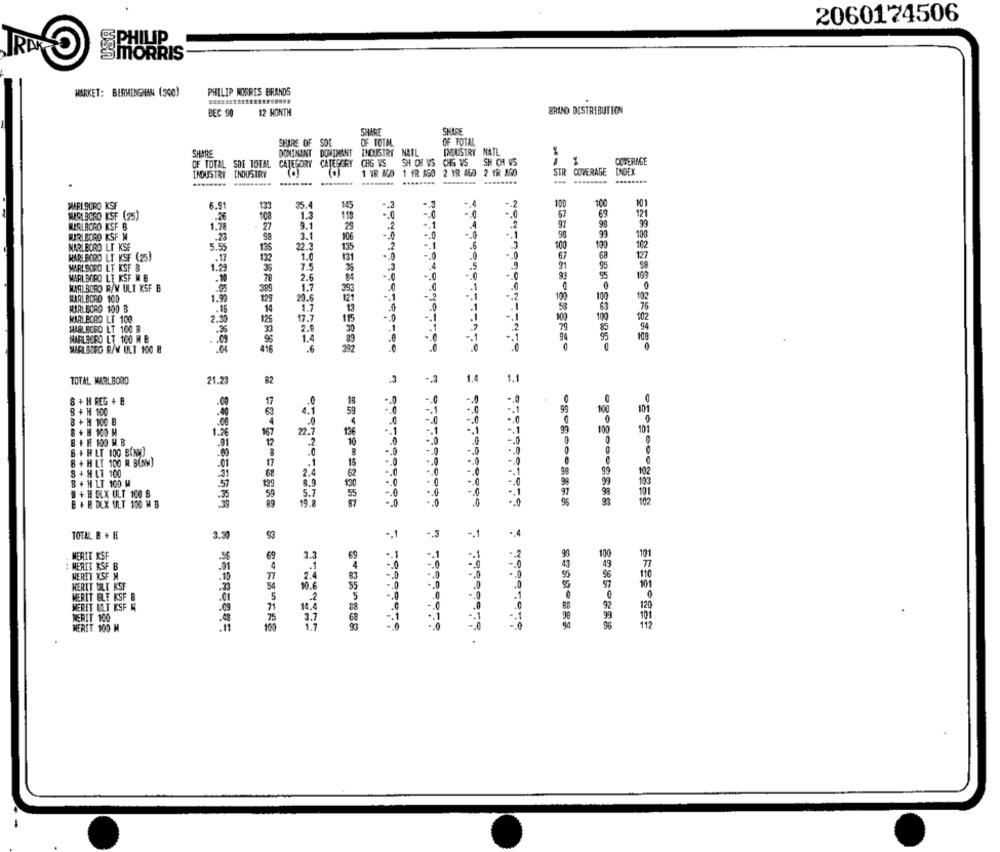
2060174506
PHILIP
IRAK
SMORRIS
MARKET: BIRMINGHAM (300)
PHILIP MORRIS BRANDS
12 MONTH
BRAND DISTRIBUTION
BEC 90
SHAGE
SHIRE
SHARE OF SOL
OF TOTAL
OF TOTAL
SHARE
DOMINANT DOMINANT
THOUSTRY NATL
INDUSTRY NATL
OF TOTAL SDI TOTAL CATEGORY CATEGORY
CHG VS
SH CH US CHG WS
SH CH VS
COVERAGE
1 fR A50 2 YR AGO 2 YR AGO
STR COVERAGE
INGE
INDUSTRY
INDUSTRY
1 YR AGO
MARLBORO KSF
6.91
35.4
14
-. 3
-. J
-1
-. 2
100
100
101
123
67
63
MARLBORO KSF (25)
.26
1.3
119
98
MIALBORO KSF B
1.78
- 27
9.1
29
.. 1
A
97
JURI DORO KSF M
.23
3.1
106
-. 0
-. 0
99
MARLBORO LT KSF
5.55
135
22.3
135
2
.. 1
-6
100
100
.17
132
1.0
.0
-. 0
.0
67
MARLBORO LT KSF (25)
7.5
131
5
MARLBORO LT KSF B
1.2
MARLBORO LE KSF M E
78
2.6
-. 0
-. 0
MARLBORO R/W ULT KSF B
389
1.7
MARLBORO 100
1.99
129
20.6
-. 1
MARLBORO 100 B
14
1.7
.0
MARLECRO LT 100
2.3
126
17.7
HARLECRO LT 100 B
2.8
MARLBORO LT 100 M E
1.4
MARLBORO R/W ULT 100 8
41€
392
TOTAL MARLBORO
21.23
82
1.4
8 + H REG + B
.09
& + H 100
1.1
B + H 100 B
.0
B + H 100 M
1.26
167
22.7
100
101
B + H 100 M B
.01
12
.2
B + HLT 100 BINW)
B + H LT 100 M B(NW)
8 + H LT 100
2.4
B + H LT 100 M
57
8.9
8 + H OLX ULT 100 B
.35
59
5.7
B + H OLX ULT 100 M B
19.8
TOTAL B + H
3.39
..
-. 1
.
.. 1
-. 1
MERIT KSF
3.
MERIT KSF
.01
-.
-. 0
110
HERIT ULT KSF
-. 0
101
MERIT BLE KSF &
-. 0
MERIT ULT ESF M
.09
18.
- 0
120
.1
.1
MERIT 100
101
MERIT 100 M
........
8085-288
21710 011